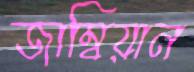
জাম্বিয়ান